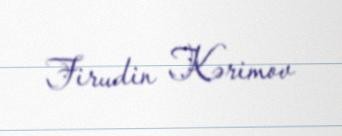
Firudin Kərimov